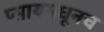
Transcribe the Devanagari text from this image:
प्सायमधूनच